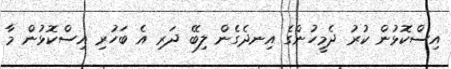
އިސްކޮޅުން ކުރު ދެމީހުންގެ އިނދެގެން ލިބޭ ދަރި އެ ބަހުރި އިސްކޮޅުން މާ